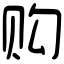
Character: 购